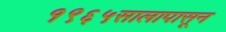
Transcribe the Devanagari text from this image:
१९६५सालापासून